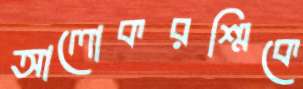
আলোকরশ্মিকে